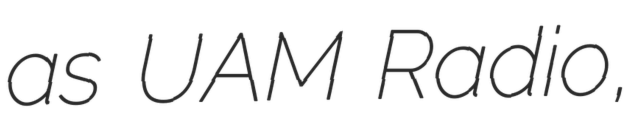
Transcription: as UAM Radio,